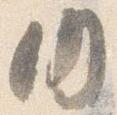
内